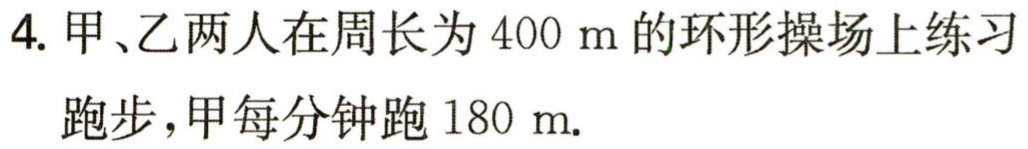
4. 甲、乙两人在周长为 \(400\ m\) 的环形操场上练习跑步，甲每分钟跑 \(180\ m\).